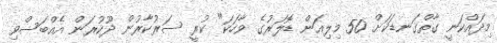
މިދައްކަނީ ގާތްގަނޑަކަށް 50 މިލިއަން ޑޮލަރުގެ ވާހަކަ" ކުރީ ސަރުކާރުން ދޫކުރަން އެއްބަސްވި